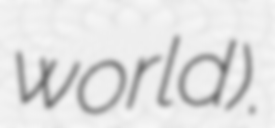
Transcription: world).